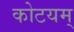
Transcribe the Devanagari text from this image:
कोटयम्